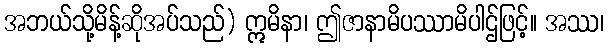
အဘယ်သို့မိန့်ဆိုအပ်သည်) ဣမိနာ၊ ဤဇာနာမိပဿာမိပါဌ်ဖြင့်။ အဿ၊